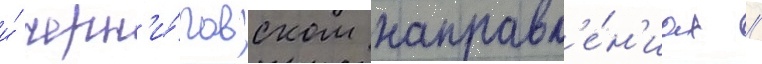
и́ черн'и́говском направл'е́н'иах //